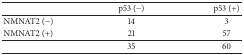
|  | p53 (−) | p53 (+) |
 | --- | --- | --- |
 | NMNAT2 (−) | 14 | 3 |
 | NMNAT2 (+) | 21 | 57 |
 |  | 35 | 60 |